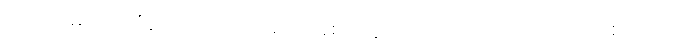
(၁) ကာမဘောဂီသေယျ - ကာမဂုဏ်ခံစားသူတို၊သည့် လက်ဝဲဘက်သို့စောင်း၍